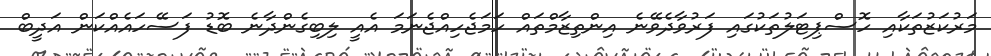
މަރުކަޒުތަކާއި ހޮސްޕިޓަލުތަކުގައި ފަރުވާދެވޭނެ އިންތިޒާމްތައް ހަމަޖެހިއްޖެނަމަ އެއީ ލިބިގެންދާނެ ބޮޑު ފަސޭހައެއްކަން އަދީބް